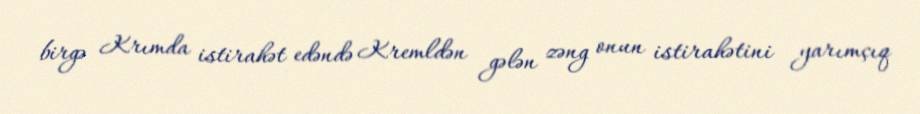
birgə Krımda istirahət edəndə Kremldən gələn zəng onun istirahətini yarımçıq